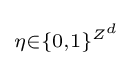
\scriptstyle \eta \in \{0,1\}^{Z^{d}}